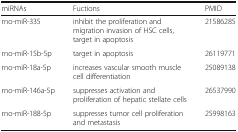
| miRNAs | Fuctions | PMID |
 | --- | --- | --- |
 | rno-miR-335 | inhibit the proliferation and migration invasion of HSC cells, target in apoptosis | 21586285 |
 | rno-miR-15b-5p | target in apoptosis | 26119771 |
 | rno-miR-18a-5p | increases vascular smooth muscle cell differentiation | 25089138 |
 | rno-miR-146a-5p | suppresses activation and proliferation of hepatic stellate cells | 26537990 |
 | rno-miR-188-5p | suppresses tumor cell proliferation and metastasis | 25998163 |